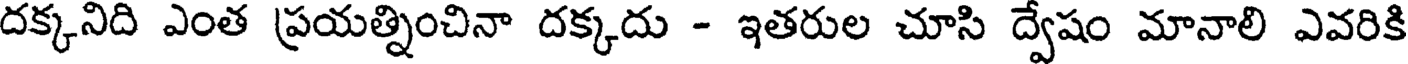
దక్కనిది ఎంత ప్రయత్నించినా దక్కదు - ఇతరుల చూసి ద్వేషం మానాలి ఎవరికి